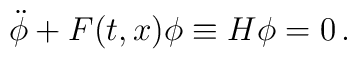
{\ddot \phi } + F(t,x)\phi \equiv H\phi=0 \, .